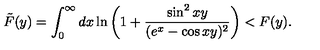
\tilde { F } ( y ) = \int _ { 0 } ^ { \infty } d x \ln \left( 1 + \frac { \sin ^ { 2 } x y } { ( e ^ { x } - \cos x y ) ^ { 2 } } \right) < F ( y ) .